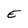
Character: E